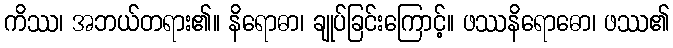
ကိဿ၊ အဘယ်တရား၏။ နိရောဓာ၊ ချုပ်ခြင်းကြောင့်။ ဖဿနိရောဓော၊ ဖဿ၏